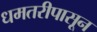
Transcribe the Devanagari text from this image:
धमतरीपासून